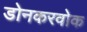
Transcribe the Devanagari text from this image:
डोनकरवोक